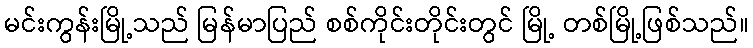
မင်းကွန်းမြို့သည် မြန်မာပြည် စစ်ကိုင်းတိုင်းတွင် မြို့ တစ်မြို့ဖြစ်သည်။